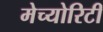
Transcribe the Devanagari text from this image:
मेच्योरिटी